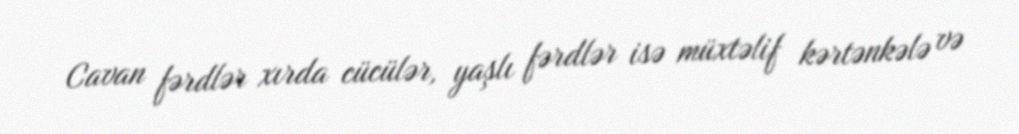
Cavan fərdlər xırda cücülər, yaşlı fərdlər isə müxtəlif kərtənkələ və